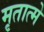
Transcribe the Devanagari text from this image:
मृतात्मे